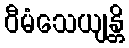
ဝီမံသေယျန္တိ